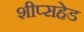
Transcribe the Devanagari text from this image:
शीप्सहेड